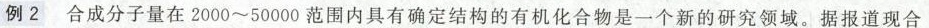
例2 合成分子量在2000~50000范围内具有确定结构的有机化合物是一个新的研究领域。据报道现合